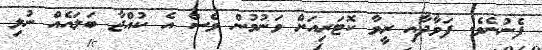
ފެނުނެވެ. ފަވާދާއި ރީވާ ކޮޓަރިއަށް ވަނުމުން ވެސް އެ ކުއްޖާ ބަލައެއް ނުލި